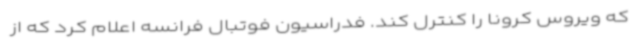
که ویروس کرونا را کنترل کند. فدراسیون فوتبال فرانسه اعلام کرد که از